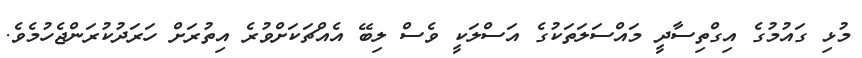
މުޅި ގައުމުގެ އިގްތިސާދީ މައްސަލަތަކުގެ އަސްލަކީ ވެސް ލިބޭ އެއްޗަކަށްވުރެ އިތުރަށް ހަރަދުކުރަންޖެހުމެވެ.